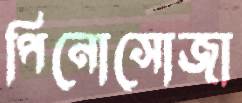
পিনোসোজা